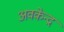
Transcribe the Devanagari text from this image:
अवकेन्द्र